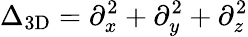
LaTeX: \Delta_{\mathrm{3D}}=\partial_{x}^{2}+\partial_{y}^{2}+\partial_{z}^{2}